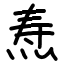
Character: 焘